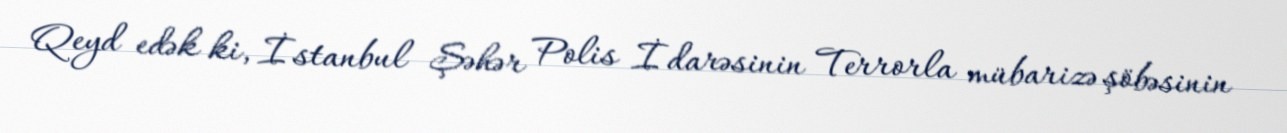
Qeyd edək ki, İstanbul Şəhər Polis İdarəsinin Terrorla mübarizə şöbəsinin